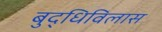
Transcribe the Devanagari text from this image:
बुद्धिविलास